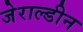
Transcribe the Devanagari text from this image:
जेराल्डीन